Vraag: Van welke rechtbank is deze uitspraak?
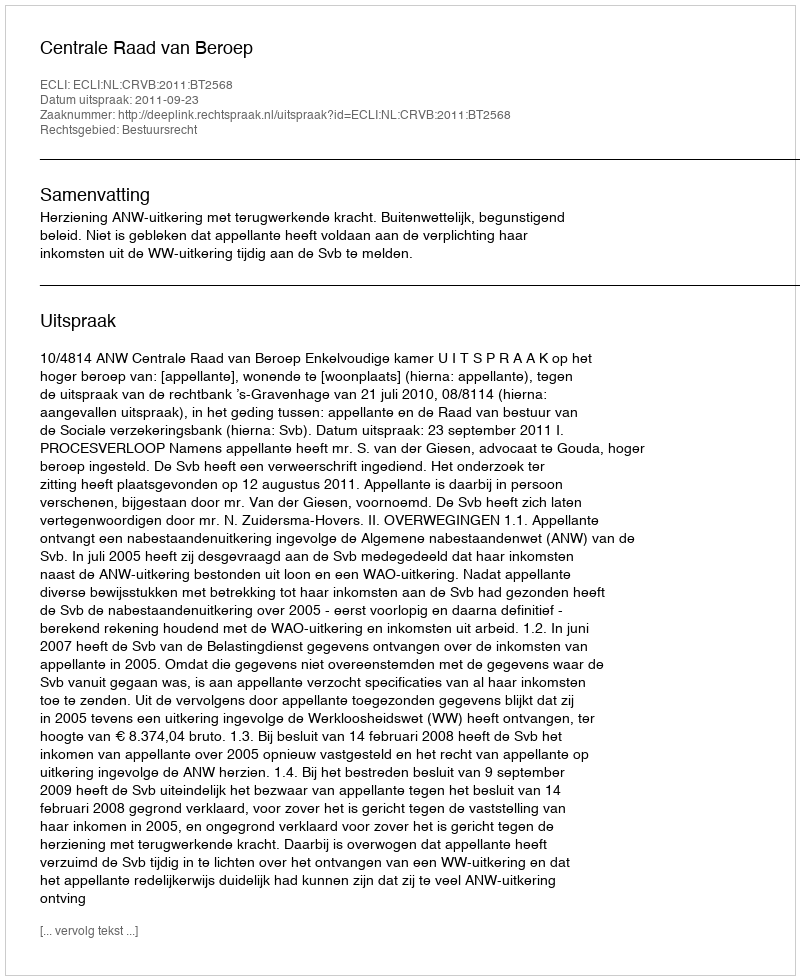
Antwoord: Centrale Raad van Beroep